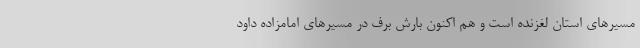
مسیرهای استان لغزنده است و هم اکنون بارش برف در مسیرهای امامزاده داود